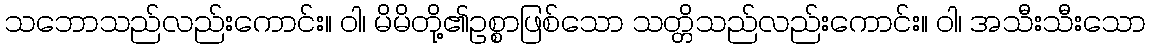
သဘောသည်လည်းကောင်း။ ဝါ၊ မိမိတို့၏ဥစ္စာဖြစ်သော သတ္တိသည်လည်းကောင်း။ ဝါ၊ အသီးသီးသော